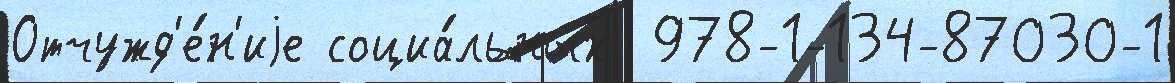
Отчужд'е́н'иjе социа́льных  978-1-134-87030-1